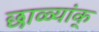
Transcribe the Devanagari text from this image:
छाळ्यांक्